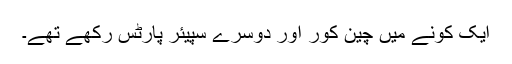
ایک کونے میں چین کوّر اور دوسرے سپیئر پارٹس رکھے تھے۔